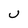
Character: U